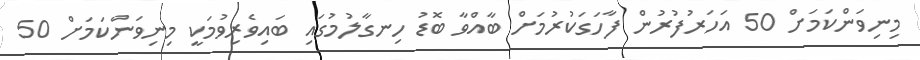
މިނިވަންކަމަށް 50 އަހަރުފުރުން ފާހަގަކުރުމަށް ބާއްވާ ބޮޑު ހިނގާލުމުގައި ބައިވެރިވުމަކީ މިނިވަންކަމަށް 50